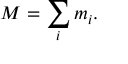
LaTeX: M = \sum _ { i } m _ { i } .